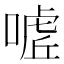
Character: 𭊌